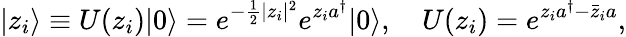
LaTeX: |z_{i}\rangle\equiv U(z_{i})|0\rangle=e^{-\frac 12|z_{i}|^{2}}e^{z_{i}a^{\dagger}}|0\rangle,\quad U(z_{i})=e^{z_{i}a^{\dagger}-\bar{z}_{i}a},